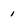
Character: 1